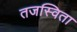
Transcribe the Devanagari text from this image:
तजस्विता